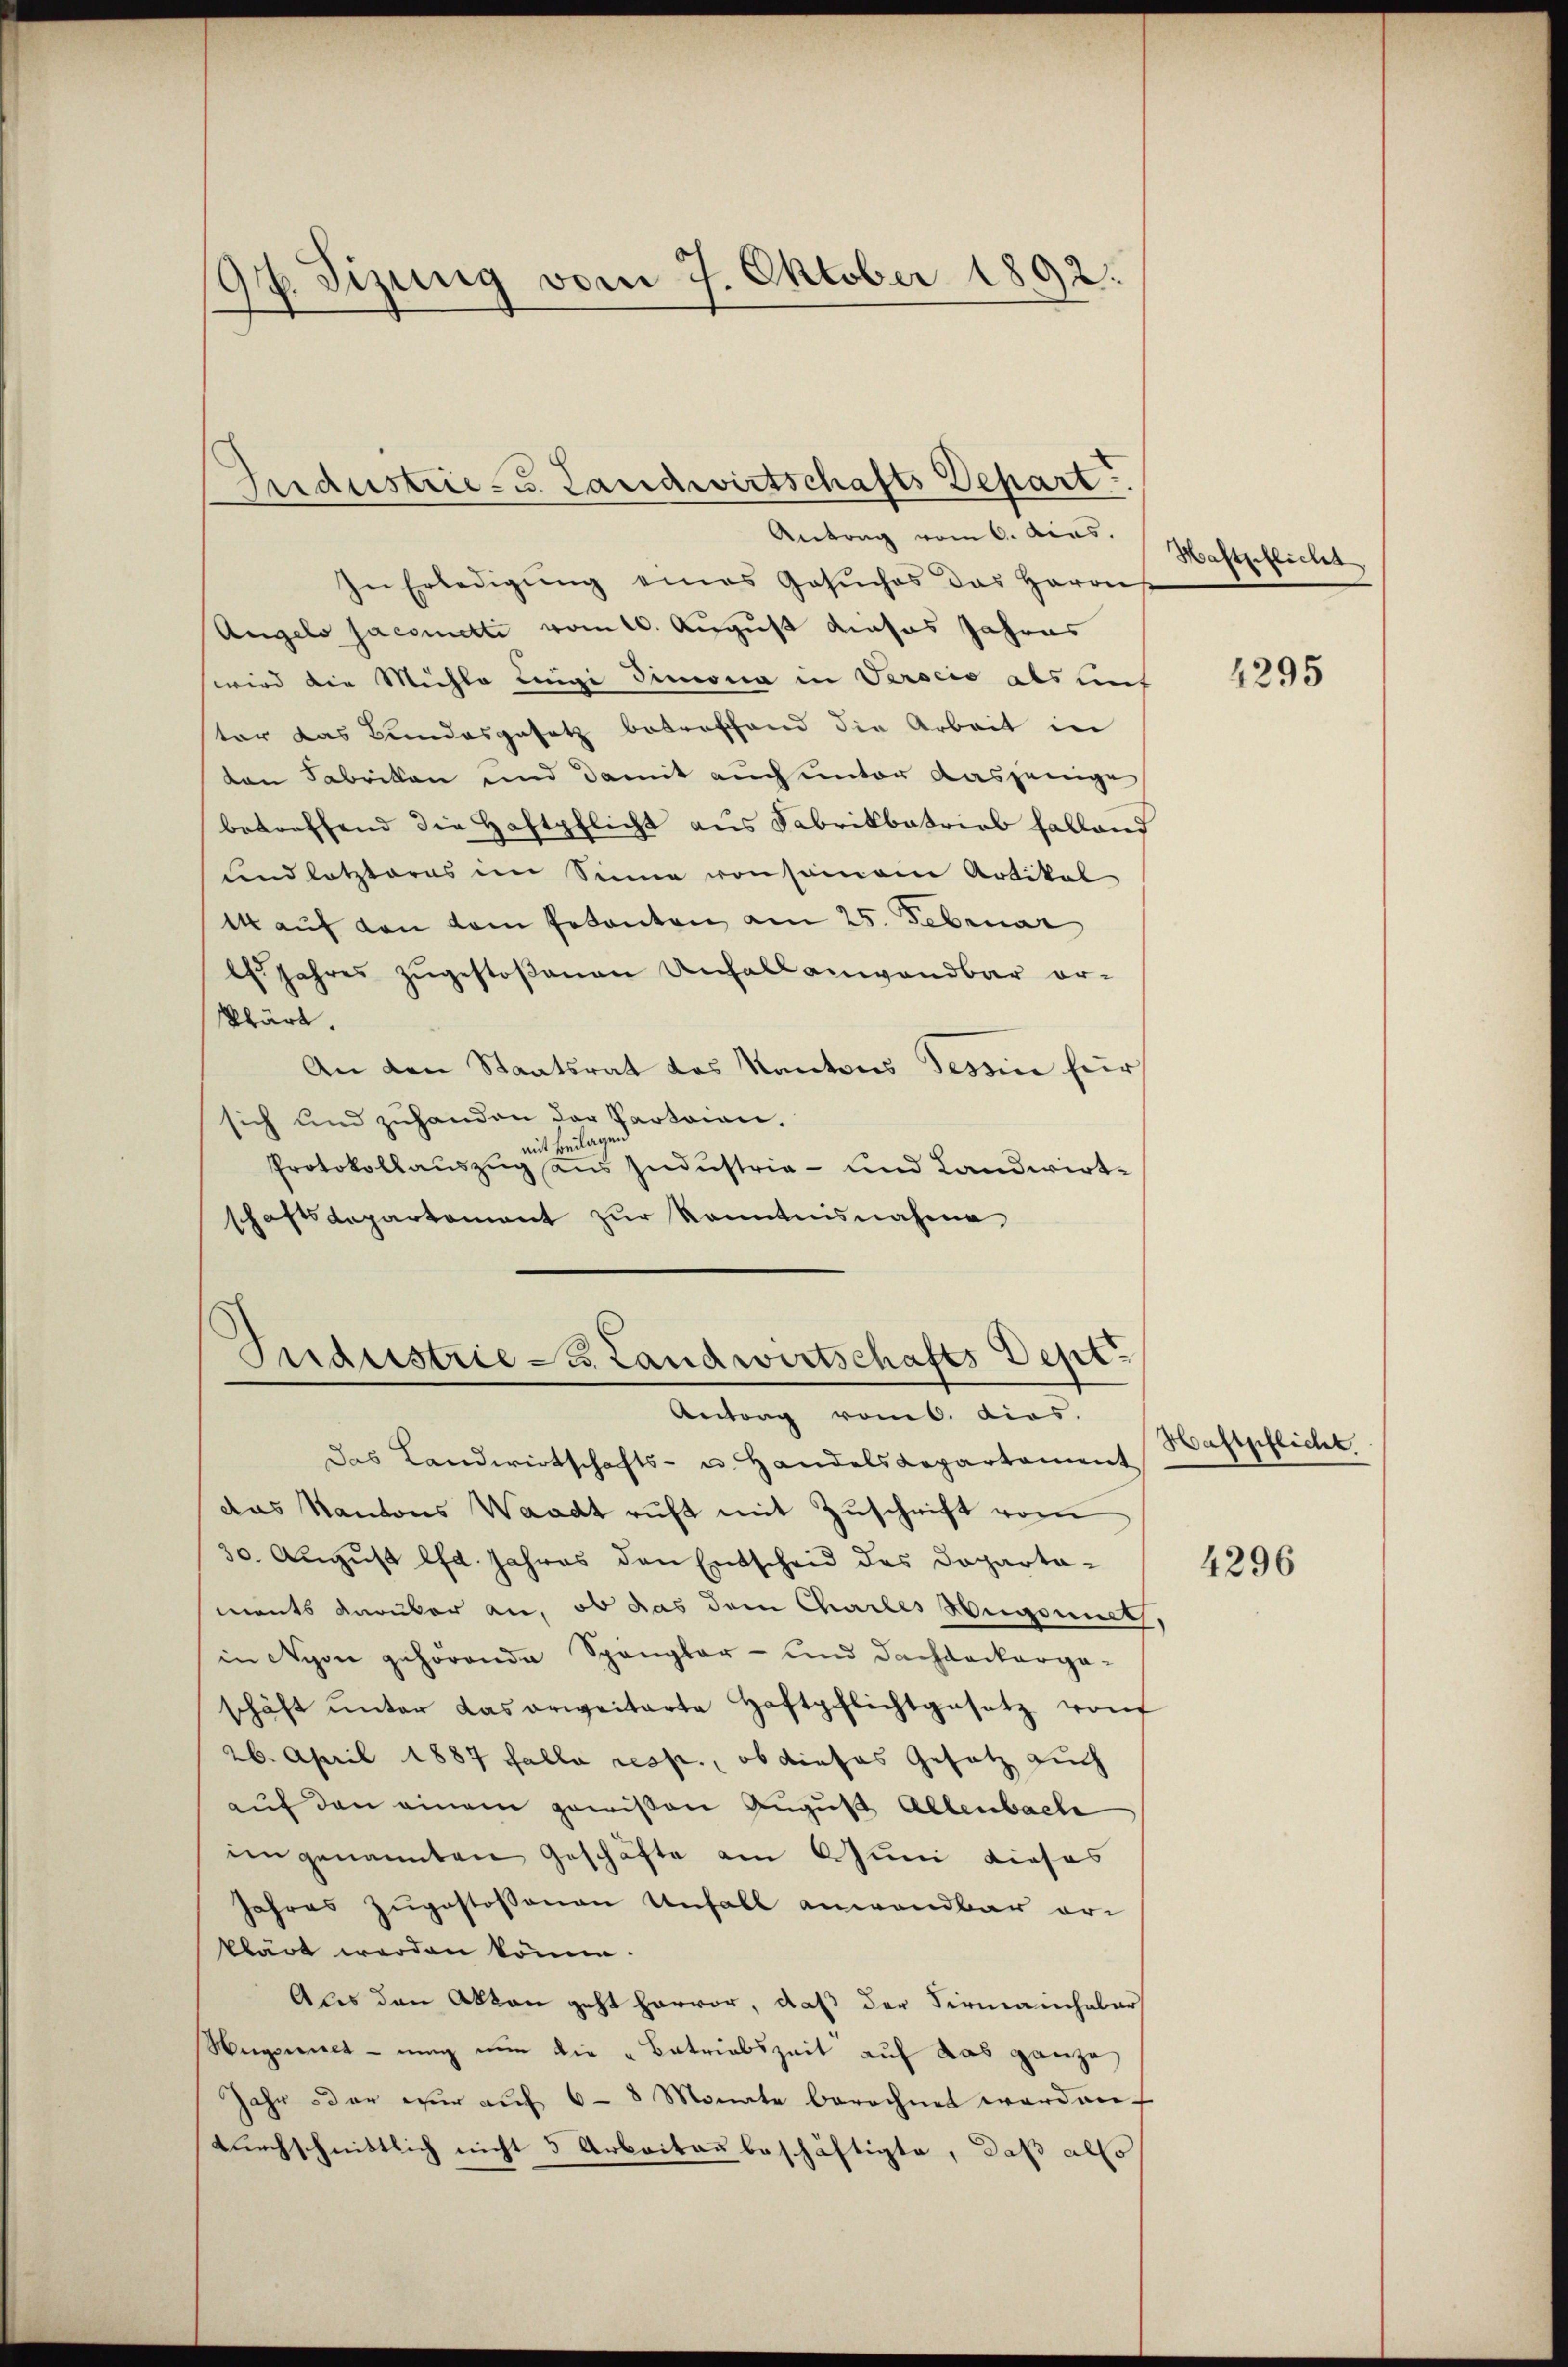
97. Sizung vom 7. Oktober 1892.

In Erledigŭng eines Gesŭches das Harons
Angelo sacometti vom 10. August dieses Jahres
wird die Michle Lingi dimona in Verscio als auf
ter das Bundesgesetz betreffend die Arbeit in
ten Fabrikon und damit auch unter dasjenige
betreffend die Haftpflicht aus Fabrikbatrieb halland
und letzteres im Sinne von samen Artikal
1 auf den dem Petenten am 25. Februar
ls. Jahres zŭgestoßenen Unfall anwendbar er-
klärt.
An den Staatsrat des Kantons Tessin für
sich und zuhanden der Parteien.
lagen
mit d
Protokollauszug aus Industrie- und Landwirtschaftsdepartement zŭr Kenntnisnahme

Industrie- u. Landwirtschafts Depart
Antrag vom 6. Acas.

Guderstrie 3. Landwirtschafts Dept
Antrag vom 6. dies.

das Landwirtschafts- u. Handels Repartament
das Kantons Waadt ruft mit Zuschrift vom
30. August lfd. Jahres den Entscheid des Dopartaments darüber an, ob das dem Chailes Hegonneth.
in Nyon gehörende Spangler- und Dachdeckergaschäft ŭnter das erweiterte Haftpflichtgesetz von
26. April 1887 falla resp., ob dieses Gesetz auch
auf den einem gewißen August Allenbache
eingenannten Geschäfte am Juni dieses
Jahres Zugestossenen Unfall anwendbar erklärt werden könne.
Als den Akten geht hervor, daß der Firmanchaler
Hugsniet- ung nun die „Batriabszeit auf das ganze
Jahr oder zŭr aŭf 6 - 8 Monate berechnet werden.
durchschnittlich nicht 5 Arbeiten beschäftigte, daß alls

Haftpflicht

4295

Haftpflicht

4296